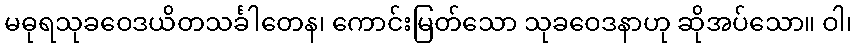
မဓုရသုခဝေဒယိတသင်္ခါတေန၊ ကောင်းမြတ်သော သုခဝေဒနာဟု ဆိုအပ်သော။ ဝါ၊